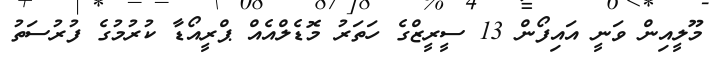
މޫލީއިން ވަނީ އައިފޯން 13 ސީރީޒްގެ ހަތަރު މޮޑެލްއެއް ޕްރީއޯޑާ ކުރުމުގެ ފުރުސަތު